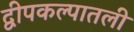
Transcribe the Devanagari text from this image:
द्वीपकल्पातली